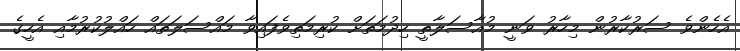
އެހެންވެ ސަރުކާރުން މިހާރު ވަނީ މުއާސަލާތީ ހިދުމަތަށް ކުރިމަތިވެފައިވާ މައްސަލަތައް ހައްލުކުރުމާއި އެހީގެ